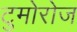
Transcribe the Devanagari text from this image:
टुमोरोज